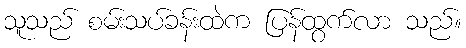
သူသည် စမ်းသပ်ခန်းထဲက ပြန်ထွက်လာ သည်။